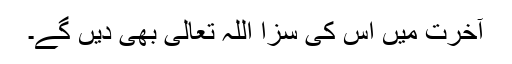
آخرت میں اس کی سزا اللہ تعالیٰ بھی دیں گے۔